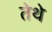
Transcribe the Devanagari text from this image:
तेेथे